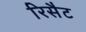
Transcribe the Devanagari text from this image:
रिसैट